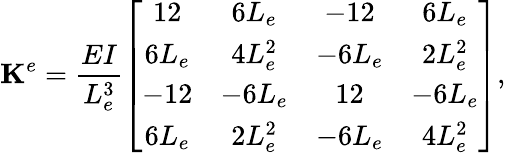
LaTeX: \mathbf{K}^{e}=\frac{EI}{L_{e}^{3}}\left[\begin{array}{cccc}{12}&{6L_{e}}&{-12}&{6L_{e}}\\ {6L_{e}}&{4L_{e}^{2}}&{-6L_{e}}&{2L_{e}^{2}}\\ {-12}&{-6L_{e}}&{12}&{-6L_{e}}\\ {6L_{e}}&{2L_{e}^{2}}&{-6L_{e}}&{4L_{e}^{2}}\end{array}\right],